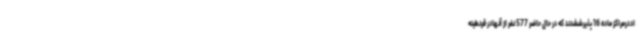
اددرمراکز ماده 16 پذیرششدند که در حال حاضر 577 نفر از آنهادر قرنطینه